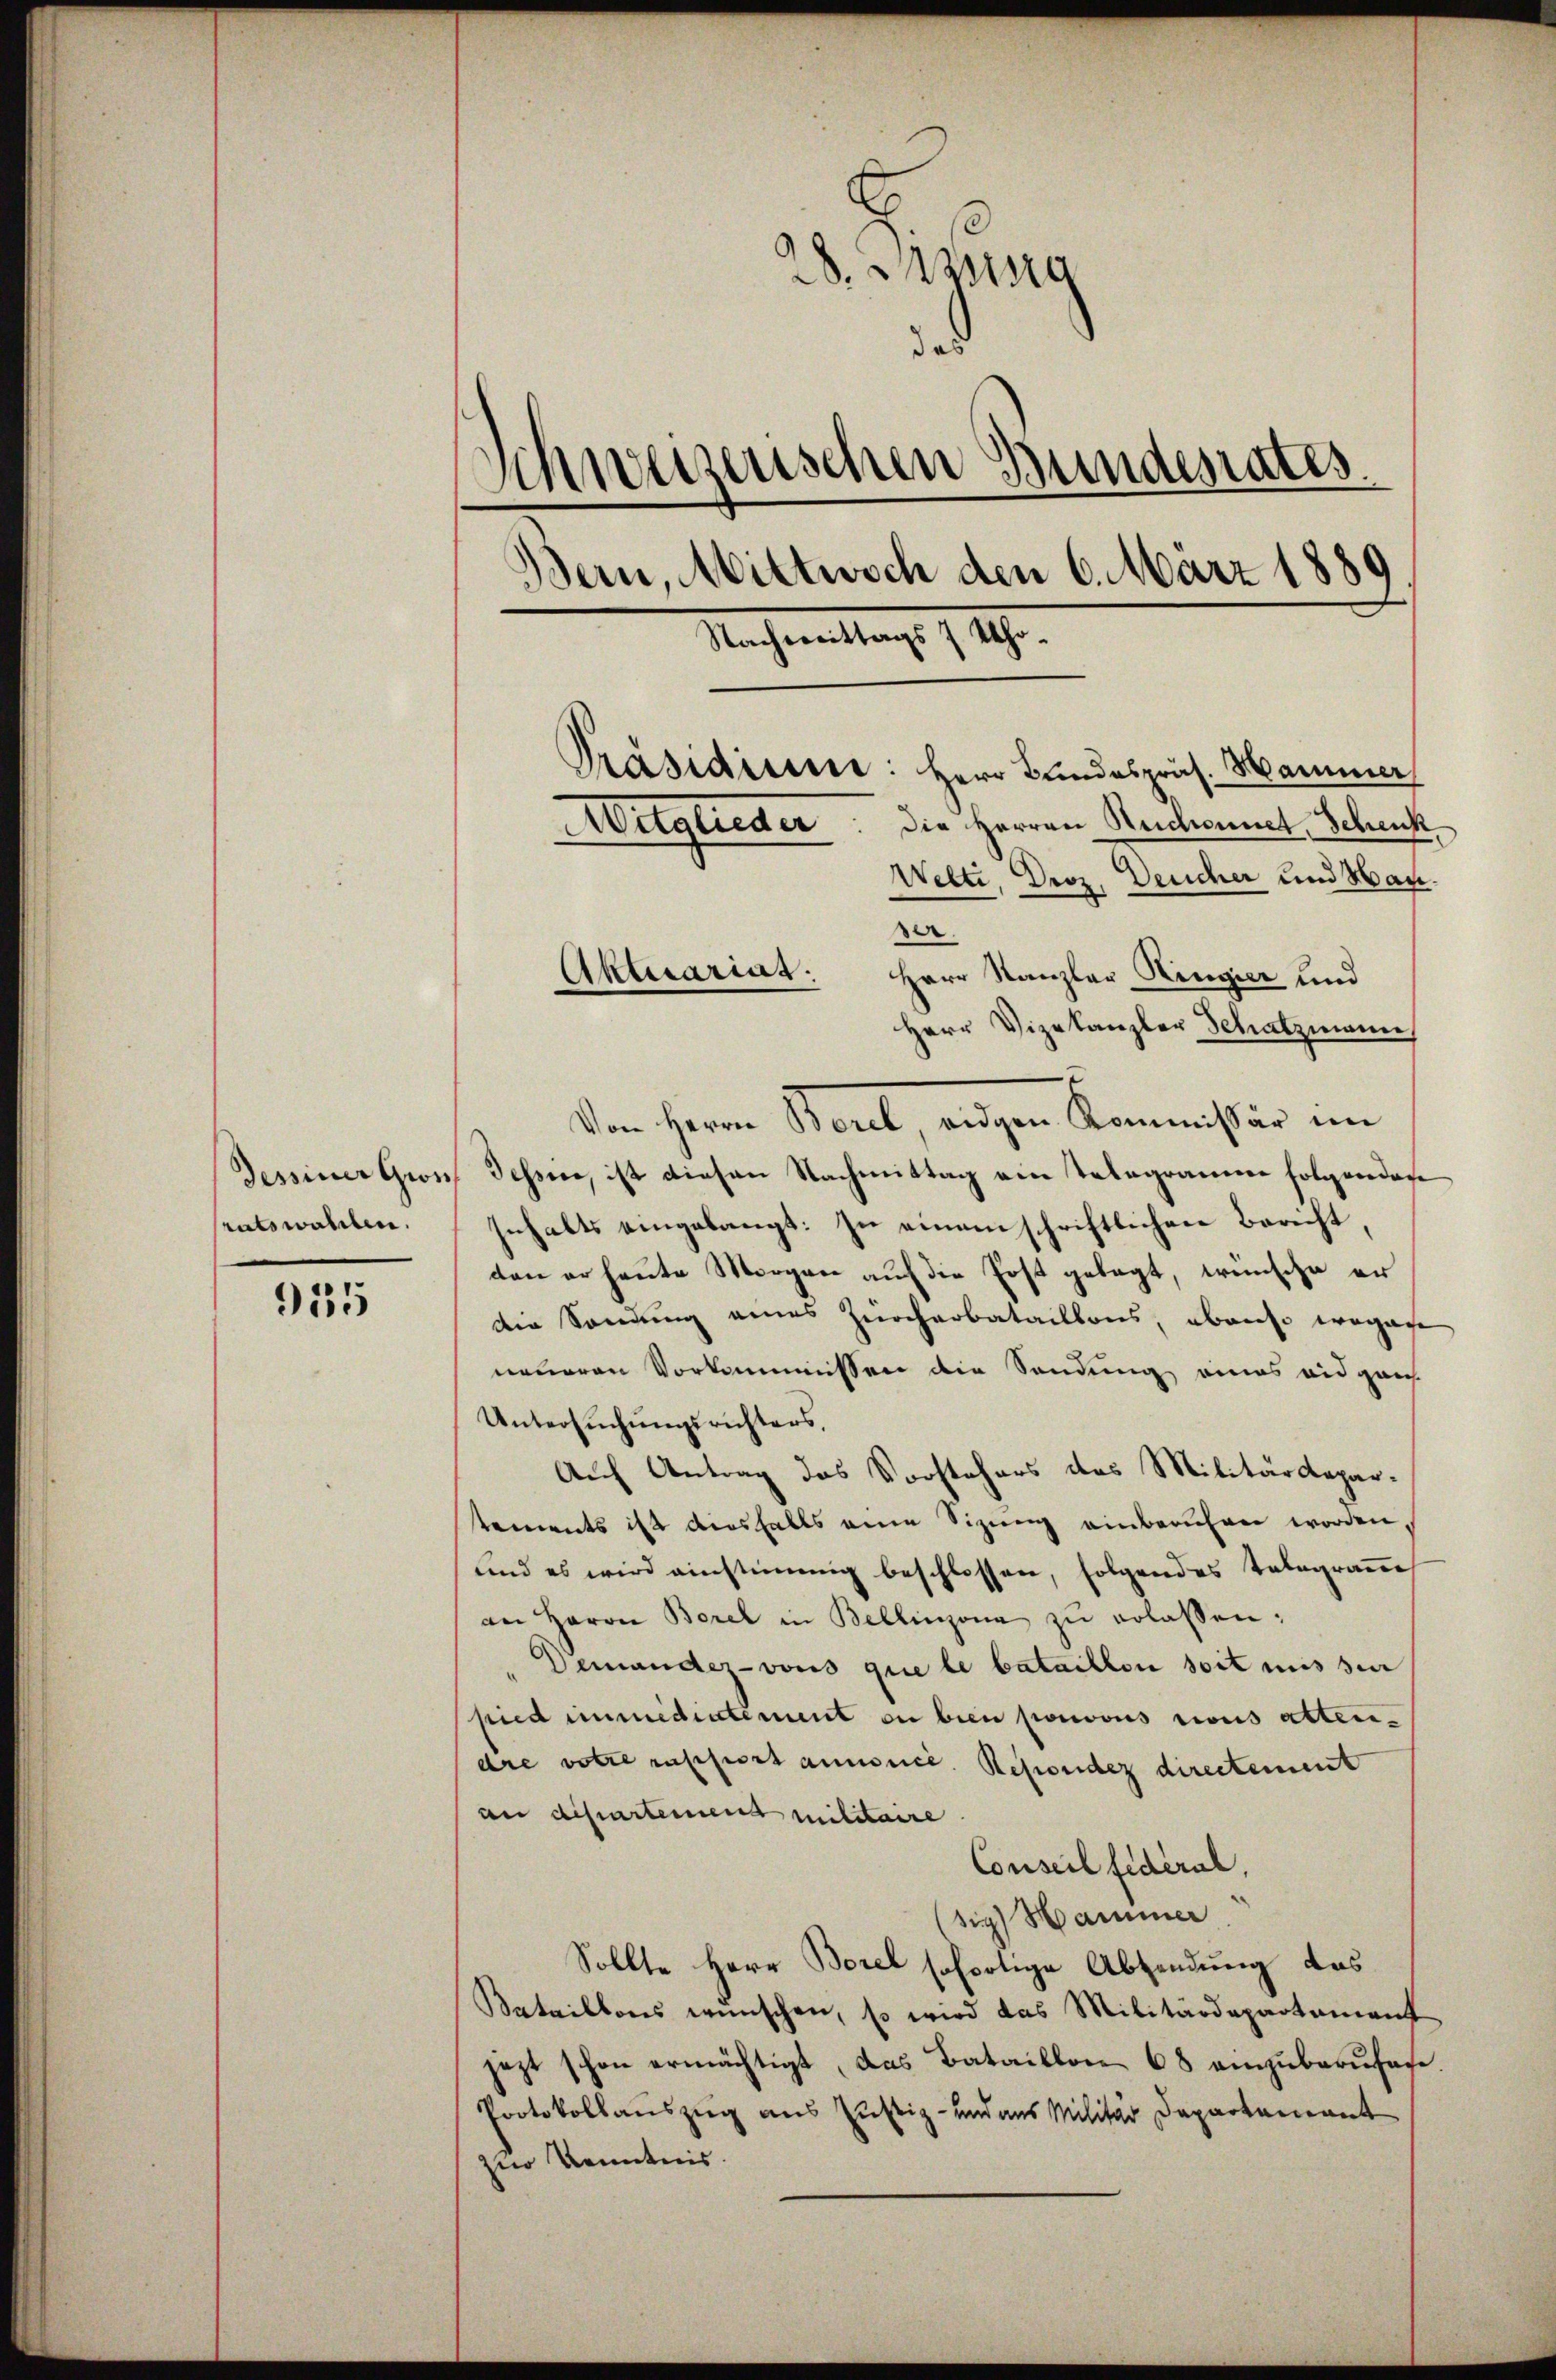
955

28. Massg
das
Schweizenschen Bunderates.
Bern, Mittwoch den 6. März 1889
Nachmittag 11.
Präsidium: Herr Bundespräs. Hammer
Die Herren Reichennet, Schenk
itgliede
Welti, Droz. Deucher und Mane.

sratswahlen.

Aktuariat: Herr Kanzler Ringier und
Herr Vizekanzler Schatzmann
.
Von Herrn Borel, eidgen Kommissär im
Dessiner Gron Tessin, ist diesen Nachmittag ein Telegramm folgenden
Inhalts eingelangt: zu einem schriftlichen Bericht,
den er heute Morgen auf die Post gelegt, wünsche er
die Sondung eines Zürcherbataillons, abers wegese
neueren Vorkommissen die Sendung eines eidgan
Untersŭchŭngsrichters,
Auch Antrag das Vorstehers des Militärdepartements ist diesfalls eine Sizung einberuhen worden,
und es wird einstimmig beschlossen, folgendes Telegram
an Haron Borel in Bellinzona zŭ erlassen:
Demandez-vons que le bataillon soit mis sie
pied immediatement ou bien pouvous ricus atten-
dre votre rapport annonce. Resonder directement
an dipartement militaire.
Conseil fédéral,
sig Hammer
Sollte Herr Borel sofortige Absendung das
Bataillons wünschen, so wird das Militärdepartament
jezt schon ermächtigt, das Bataillon 68 einzuberusage.
Protokollauszug aus Justiz- und aus Militär Departement
zur Kenntnis.